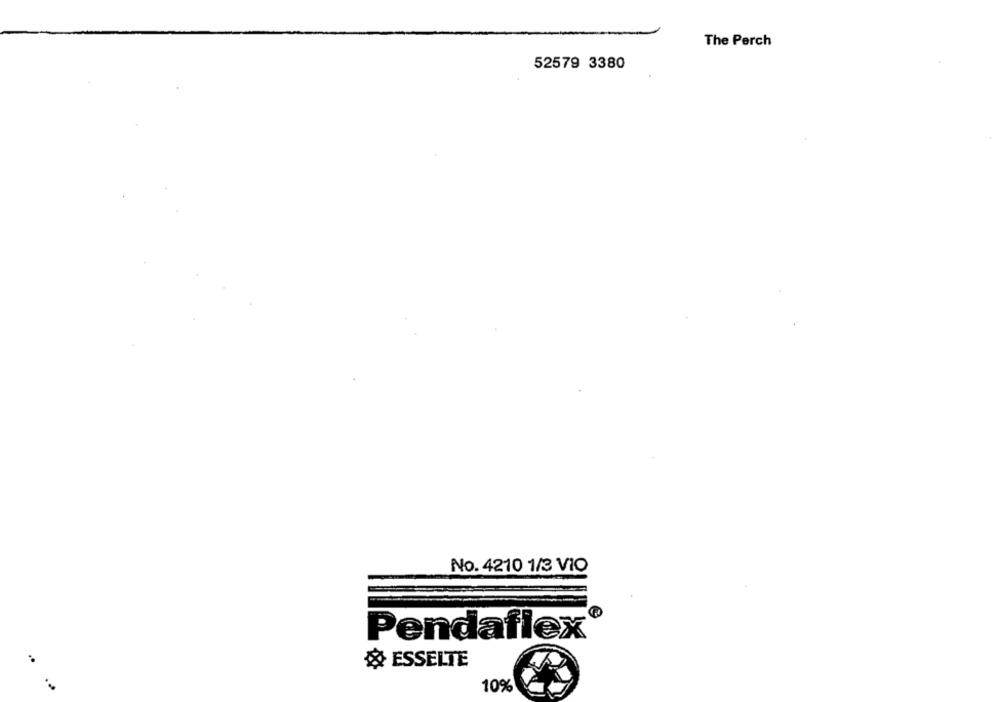
The Perch
52579 3380
No.4210 1/3 VIO
Pendaflex
& ESSELTE
10%